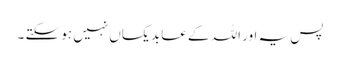
پس یہ اور اللہ کے عابد یکساں نہیں ہو سکتے ۔